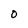
Character: O